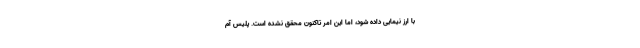
با ارز نیمایی داده شود، اما این امر تاکنون محقق نشده است. پلیس آم